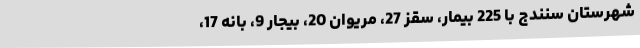
شهرستان سنندج با 225 بیمار، سقز 27، مریوان 20، بیجار 9، بانه 17،